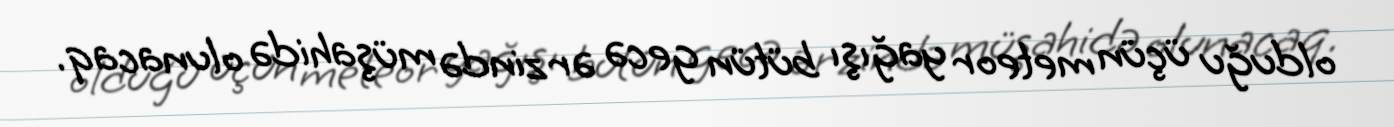
olduğu üçün meteor yağışı bütün gecə ərzində müşahidə olunacaq.